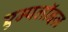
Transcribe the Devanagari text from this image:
एम्पलॉइज़